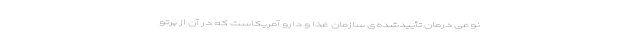
نوعی درمان تأییدشده‌ی سازمان غذا و دارو آمریکاست که در آن از پرتو